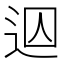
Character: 𨒊